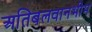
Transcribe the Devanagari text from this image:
अतिबलवानभीम